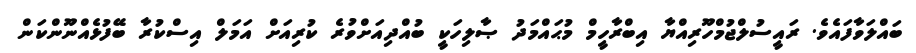
ބައްލަވާފައެވެ. ރައީސުލްޖުމްހޫރިއްޔާ އިބްރާހީމް މުޙައްމަދު ޞާލިހަކީ ބުއްދިއަށްވުރެ ކުރިއަށް އަމަލް އިސްކުރާ ބޭފުޅެއްނޫންކަން